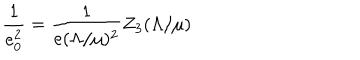
LaTeX: \frac { 1 } { e _ { 0 } ^ { 2 } } = \frac { 1 } { e ( \Lambda / \mu ) ^ { 2 } } Z _ { 3 } ( \Lambda / \mu )